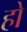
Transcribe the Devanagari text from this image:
हो